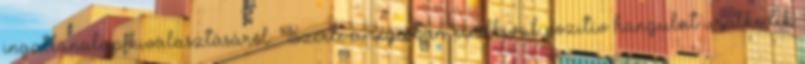
ingatlanalap kiválasztásáról. Szerte a régióban rendkívül pozitív hangulat uralkodik